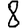
Digit: 8